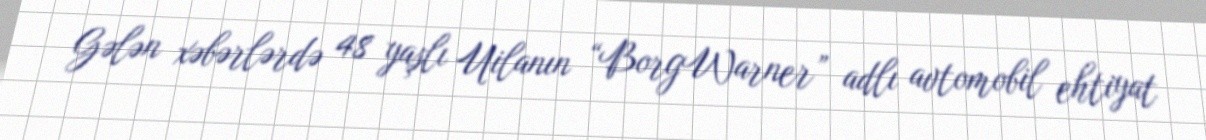
Gələn xəbərlərdə 48 yaşlı Uilanın “BorgWarner” adlı avtomobil ehtiyat